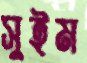
সুইম